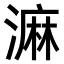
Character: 𣻕